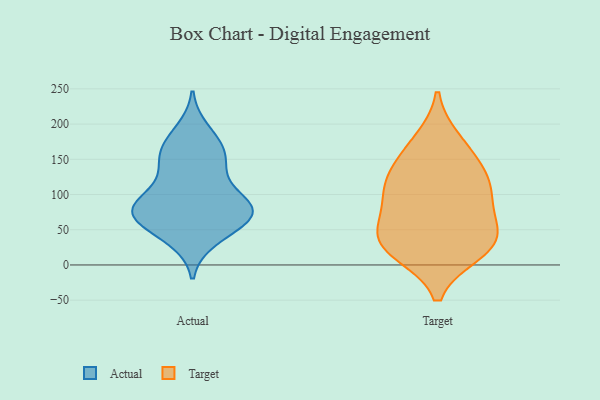
{"axis": {"x": "Active Users", "y": "Value"}, "legend": ["Actual", "Target"], "data": [{"x": "", "y": 172, "type": "Actual"}, {"x": "", "y": 138, "type": "Actual"}, {"x": "", "y": 190, "type": "Actual"}, {"x": "", "y": 79, "type": "Actual"}, {"x": "", "y": 160, "type": "Actual"}, {"x": "", "y": 102, "type": "Actual"}, {"x": "", "y": 37, "type": "Actual"}, {"x": "", "y": 73, "type": "Actual"}, {"x": "", "y": 76, "type": "Actual"}, {"x": "", "y": 82, "type": "Actual"}, {"x": "", "y": 158, "type": "Actual"}, {"x": "", "y": 43, "type": "Actual"}, {"x": "", "y": 66, "type": "Actual"}, {"x": "", "y": 69, "type": "Actual"}, {"x": "", "y": 79, "type": "Actual"}, {"x": "", "y": 85, "type": "Actual"}, {"x": "", "y": 135, "type": "Actual"}, {"x": "", "y": 35, "type": "Target"}, {"x": "", "y": 157, "type": "Target"}, {"x": "", "y": 24, "type": "Target"}, {"x": "", "y": 176, "type": "Target"}, {"x": "", "y": 122, "type": "Target"}, {"x": "", "y": 112, "type": "Target"}, {"x": "", "y": 88, "type": "Target"}, {"x": "", "y": 76, "type": "Target"}, {"x": "", "y": 39, "type": "Target"}, {"x": "", "y": 38, "type": "Target"}, {"x": "", "y": 121, "type": "Target"}, {"x": "", "y": 19, "type": "Target"}]}